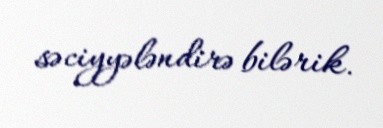
səciyyələndirə bilərik.